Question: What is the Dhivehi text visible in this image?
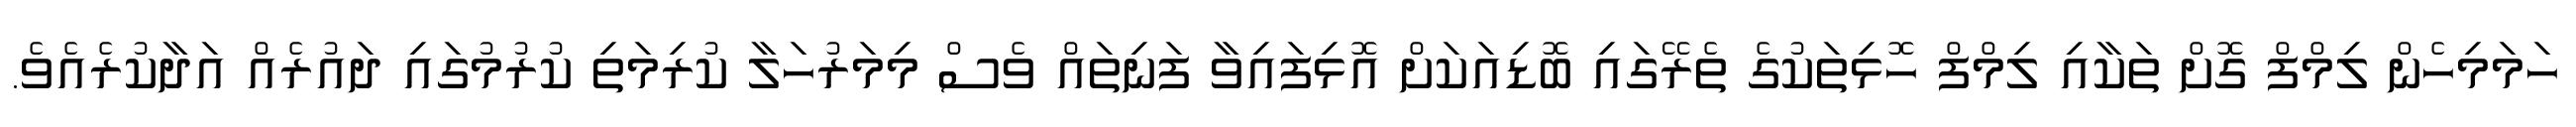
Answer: ހަމަމިހެން ލިމްފް ގޮށް ތަކާއި ލިމްފް ހޮޅިތަކުގެ ތެރޭގައި ބޮޑިއަކަށް އޮޅިފައިވާ ފަނިތައް ވެސް މިމަރުހަލާ ކުރިމަތި ކުރުމުގައި ދައުރެއް އަދާކުރެއެވެ.